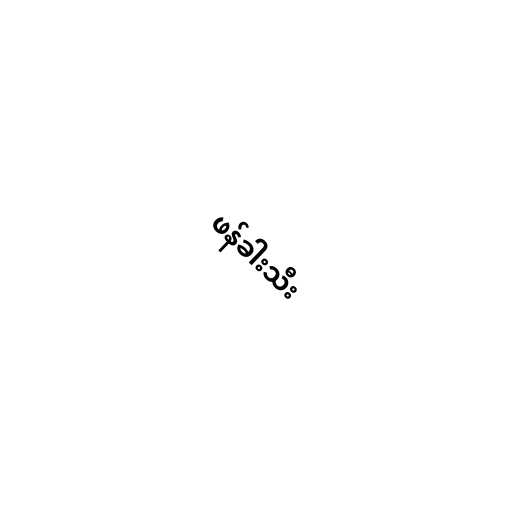
ဖန်ခါးသီး